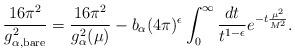
LaTeX: \begin{align*}\frac{16\pi^2}{g_{\alpha,{\scriptstyle\rm bare}}^2} =\frac{16\pi^2}{g_{\alpha}^2(\mu)} -b_\alpha(4\pi)^\epsilon\int_0^\infty\frac{dt}{t^{1-\epsilon}}e^{-t\frac{\mu^2}{M^2}}.\end{align*}